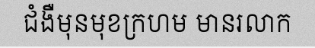
ជំងឺមុនមុខក្រហម មានរលាក